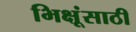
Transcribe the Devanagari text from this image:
भिक्षूंसाठी